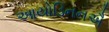
આયોડિનનઐ